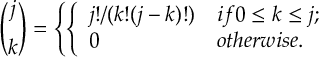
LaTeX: { \binom { j } { k } } = \left\{ \left\{ \begin{array} { l l } { { j ! / ( k ! ( j - k ) ! ) } } & { { i f 0 \le k \le j ; } } \\ { { 0 } } & { { o t h e r w i s e . } } \end{array} \right. \right.